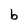
Character: b